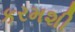
કરમશી